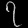
Digit: ၇